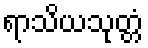
ရာသိယသုတ္တံ